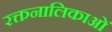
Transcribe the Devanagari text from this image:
रक्तनालिकाओं